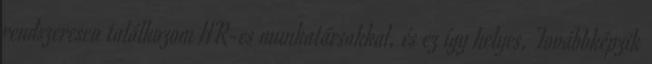
rendszeresen találkozom HR-es munkatársakkal, és ez így helyes. Továbbképzik